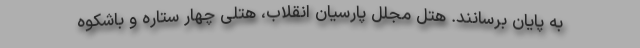
به پایان برسانند. هتل مجلل پارسیان انقلاب، هتلی چهار ستاره و باشکوه